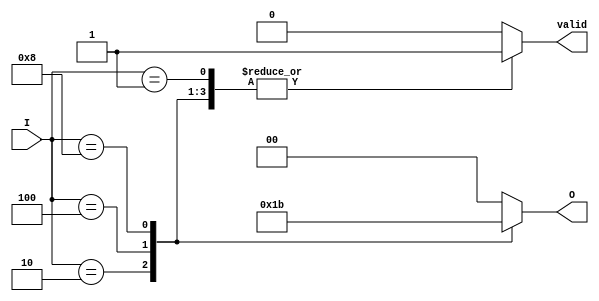
module binary_encoder (
    input wire [3:0] I,  // 4 input lines
    output reg [1:0] O,  // 2 output lines
    output reg valid      // Output valid signal
);

always @(*) begin
    case (I)
        4'b0000: begin
            O = 2'b00;  // No input active
            valid = 0;  // Invalid state
        end
        4'b0001: begin
            O = 2'b00;  // I0 is active
            valid = 1;  // Valid state
        end
        4'b0010: begin
            O = 2'b01;  // I1 is active
            valid = 1;  // Valid state
        end
        4'b0100: begin
            O = 2'b10;  // I2 is active
            valid = 1;  // Valid state
        end
        4'b1000: begin
            O = 2'b11;  // I3 is active
            valid = 1;  // Valid state
        end
        default: begin
            O = 2'b00;  // Invalid state (more than one input active)
            valid = 0;  // Invalid state
        end
    endcase
end

endmodule